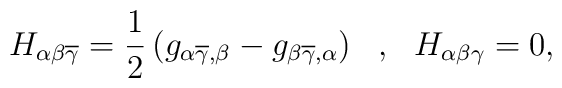
H_{\alpha \beta \overline{\gamma}}=\frac{1}{2}\left( g_{\alpha\overline{\gamma},\beta}-g_{\beta \overline{\gamma},\alpha}\right) \ \ , \ \ H_{\alpha \beta\gamma}=0 ,